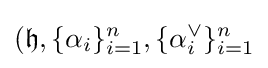
({\mathfrak {h}},\{\alpha _{i}\}_{i=1}^{n},\{\alpha _{i}^{\vee }\}_{i=1}^{n}